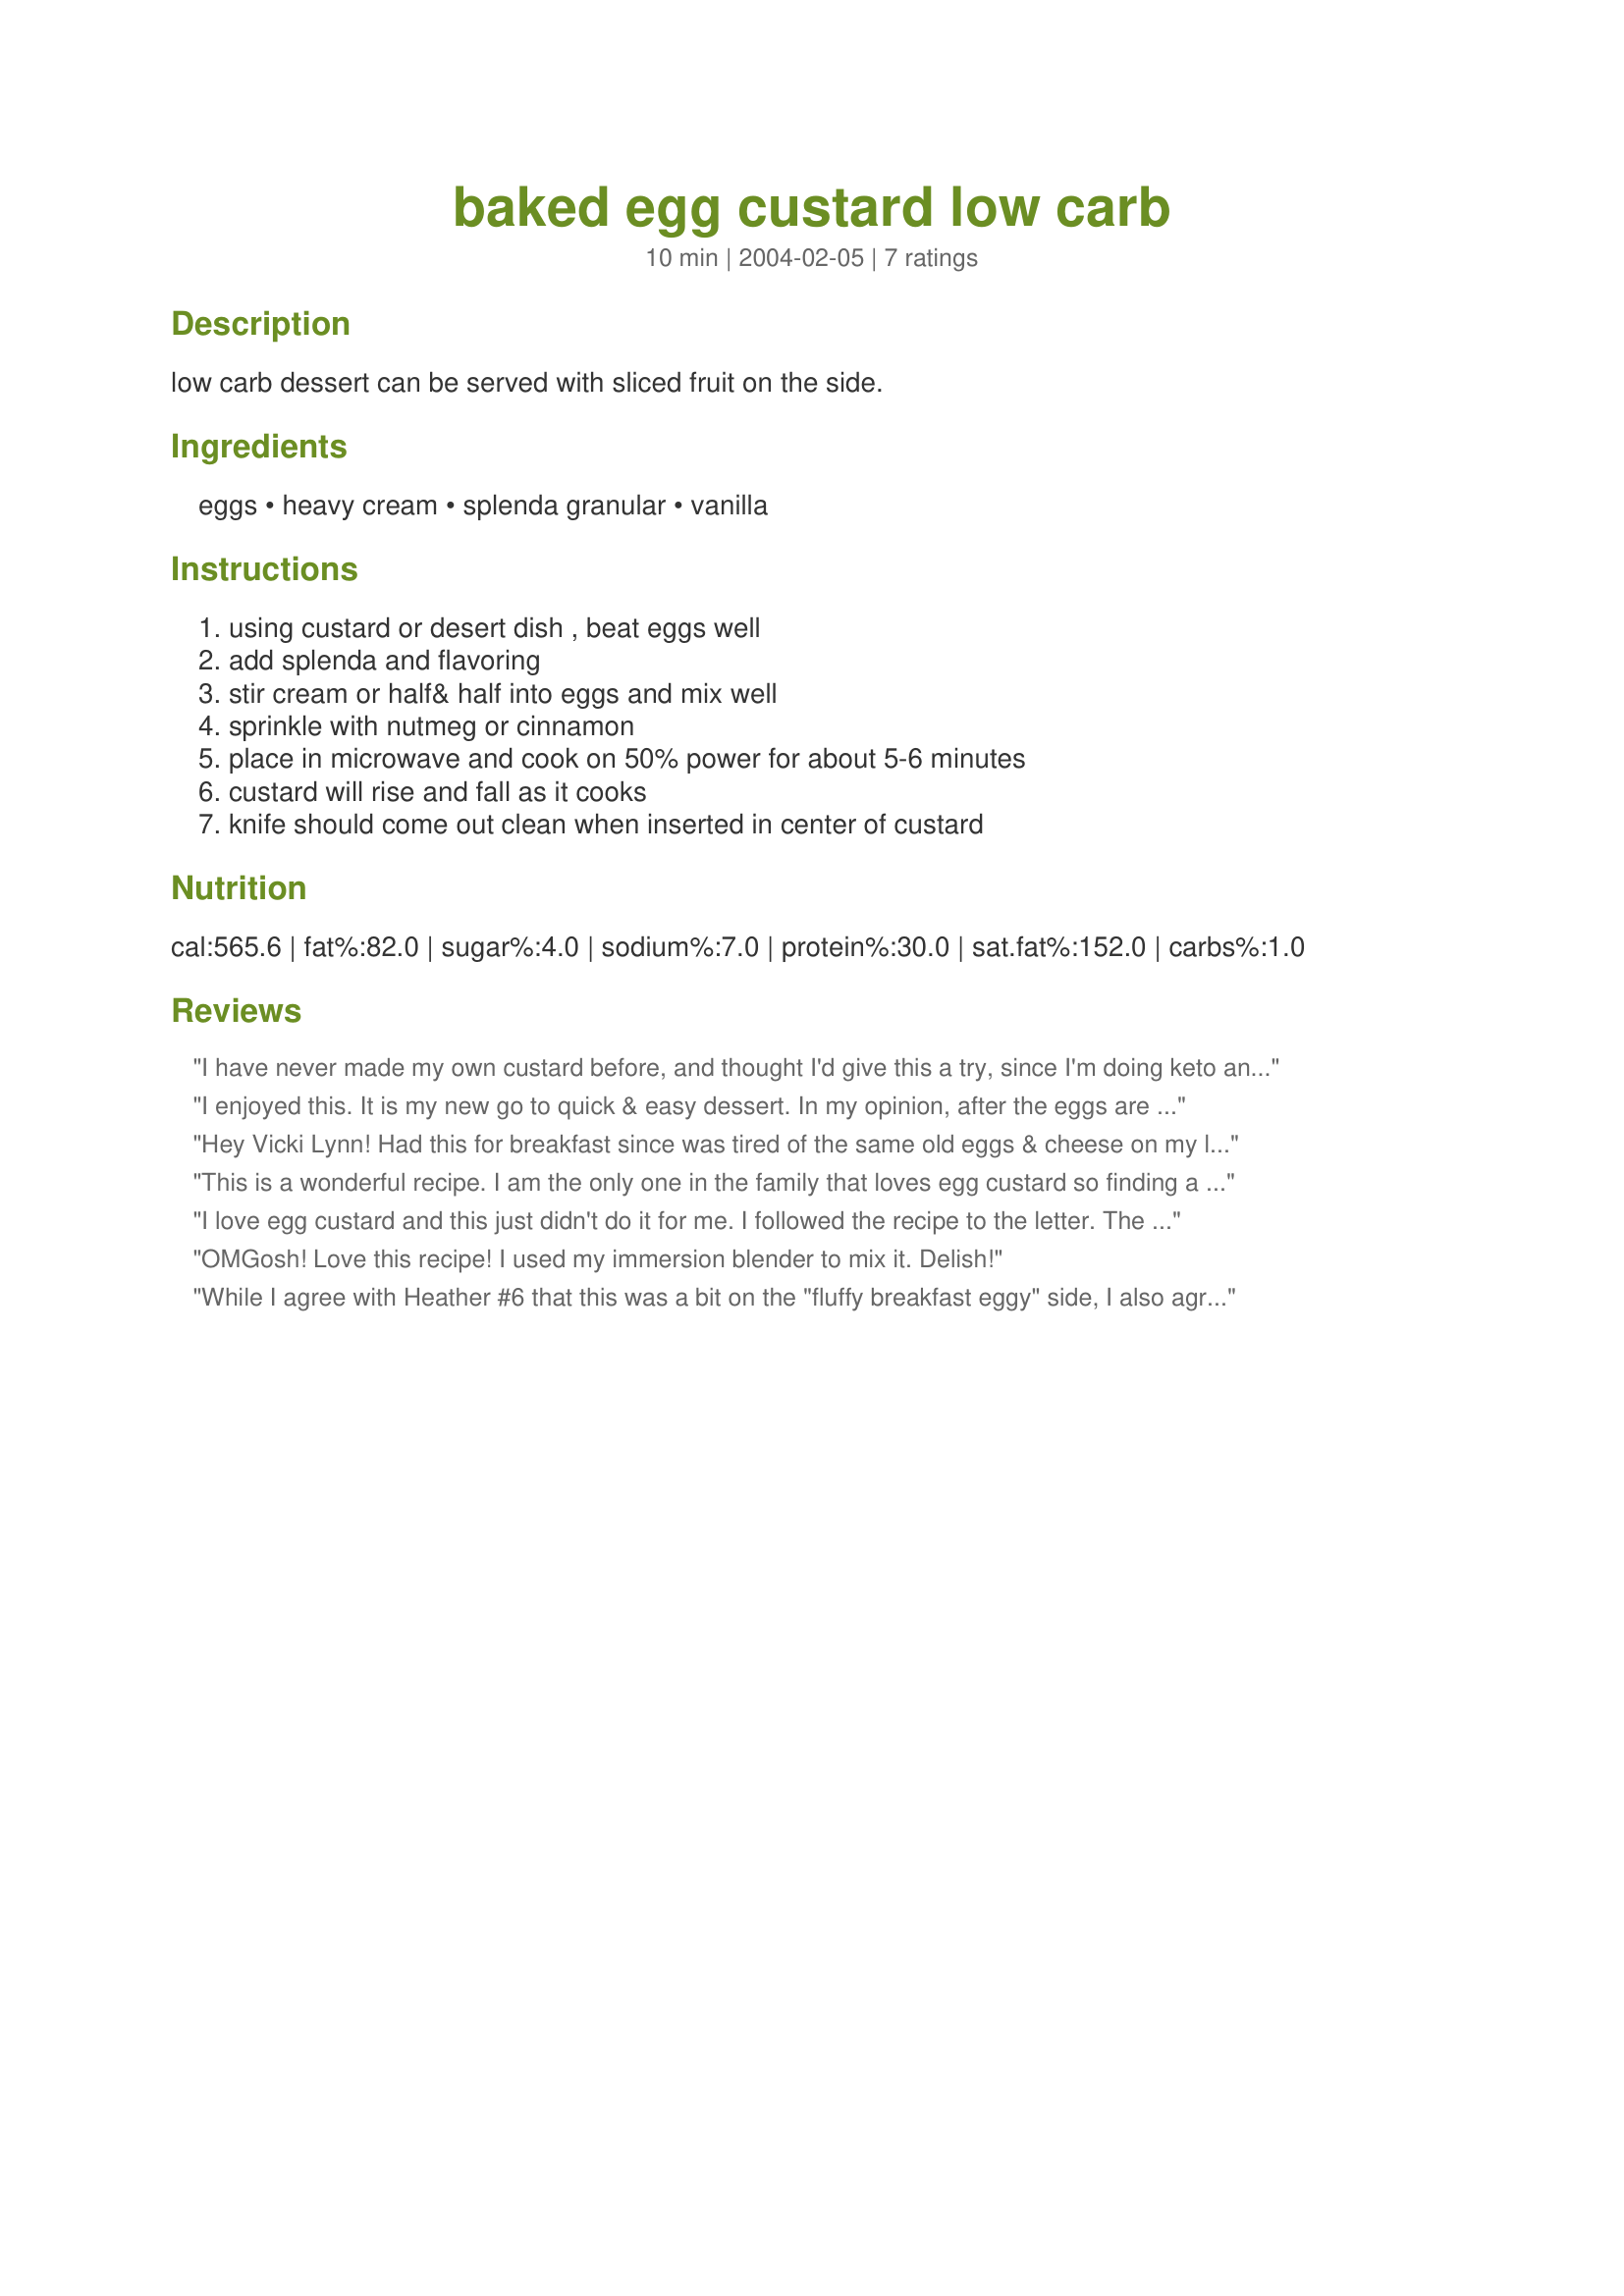
baked egg custard low carb
Preparation time: 10 minutes

low carb dessert can be served with sliced fruit on the side.

Ingredients:
eggs, heavy cream, splenda granular, vanilla

Steps:
using custard or desert dish , beat eggs well, add splenda and flavoring, stir cream or half& half into eggs and mix well, sprinkle with nutmeg or cinnamon, place in microwave and cook on 50% power for about 5-6 minutes, custard will rise and fall as it cooks, knife should come out clean when inserted in center of custard

Reviews:
I have never made my own custard before, and thought I'd give this a try, since I'm doing keto and wanted some custard. This is delicious! Thank you.
I enjoyed this. It is my new go to quick & easy dessert. In my opinion, after the eggs are beaten well, time should be taken to thoroughly beat in the cream, sugar & flavoring. Beating all well will lead to this dish having more of a custard consistency versus just being another scrambled egg dish.
Hey Vicki Lynn! 
Had this for breakfast since was tired of the same old eggs & cheese on my low carb diet. This was yummy! I put on nutmeg AND cinnamon since I love both. Thank you for an easy recipe!
This is a wonderful recipe. I am the only one in the family that loves egg custard so finding a one serving recipe was great. Before baking I sprinkled the top with Sugar Twins' Brown Sugar. It's the closest thing to Creme Brule.
I love egg custard and this just didn't do it for me. I followed the recipe to the letter. The taste and the texture were too "fluffy breakfast eggy" and not smooth and sweet like I expect from custard. The edges were really chewy. Maybe it would be better baked instead of microwaved.
OMGosh! Love this recipe! I used my immersion blender to mix it. Delish!
While I agree with Heather #6 that this was a bit on the "fluffy breakfast eggy" side, I also agree with Angi11002 that this is a wonderful break from the standard "eggs and cheese for breakfast". The taste is slightly sweet like a true custard, and, while the taste is a bit "eggy", I will be making this again... and again... and again. I sprinkled cinnamon and a bit of erythritol on top for a "cinnamon-sugar" topping. Thanks, Momma Loon! Also, I'd like to mention that this is very filling. I thought I might want to make a second batch, but have found this fills me up and has left me very satisfied.
